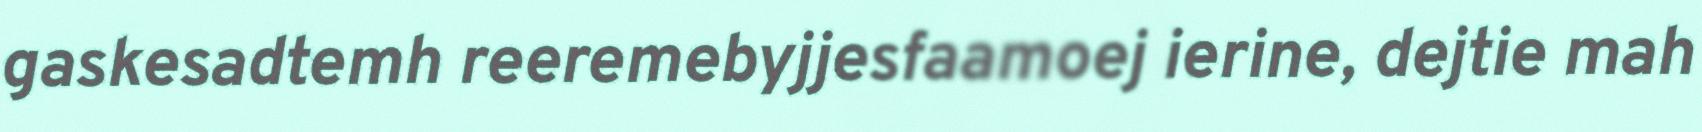
gaskesadtemh reeremebyjjesfaamoej ierine, dejtie mah